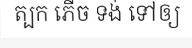
ត្បក ភើច ទង់ ទៅឲ្យ